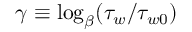
\gamma \equiv \log _ { \beta } ( \tau _ { w } / \tau _ { w 0 } )